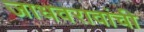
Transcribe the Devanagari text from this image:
जाधवरावांची